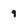
Character: 9